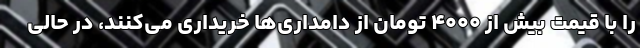
را با قیمت بیش از ۴۰۰۰ تومان از دامداری‌ها خریداری می‌کنند، در حالی